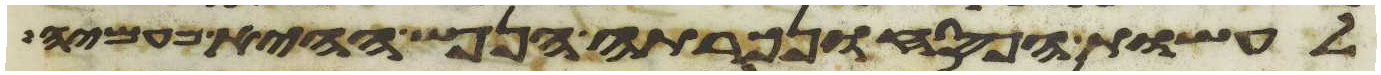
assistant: לעשות הפסח ונכרתה הנפש ההיא מעמיה